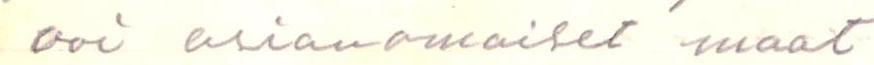
voi asianomaiset maat